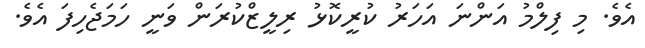
އެވެ. މި ފިލްމު އަންނަ އަހަރު ކުރީކޮޅު ރިލީޒްކުރަން ވަނީ ހަމަޖެހިފަ އެވެ.